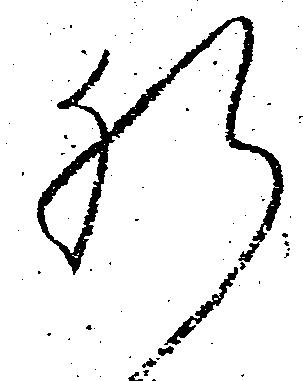
肝